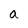
Character: a